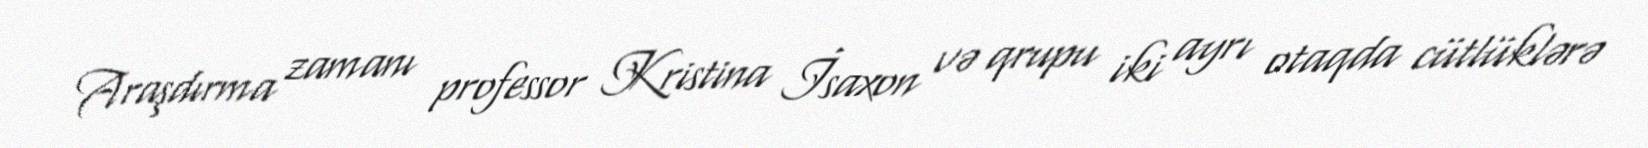
Araşdırma zamanı professor Kristina İsaxon və qrupu iki ayrı otaqda cütlüklərə